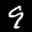
Label: 9